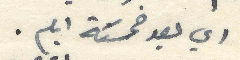
اي بعد خمسَة ايام.